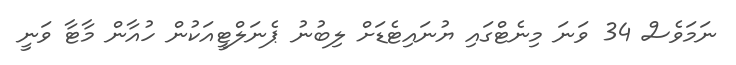
ނަމަވެސް 34 ވަނަ މިނެޓްގައި ޔުނައިޓެޑަށް ލިބުނު ޕެނަލްޓީއަކުން ހުއާން މާޓާ ވަނީ